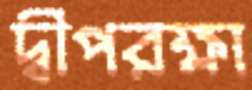
দ্বীপরক্ষা